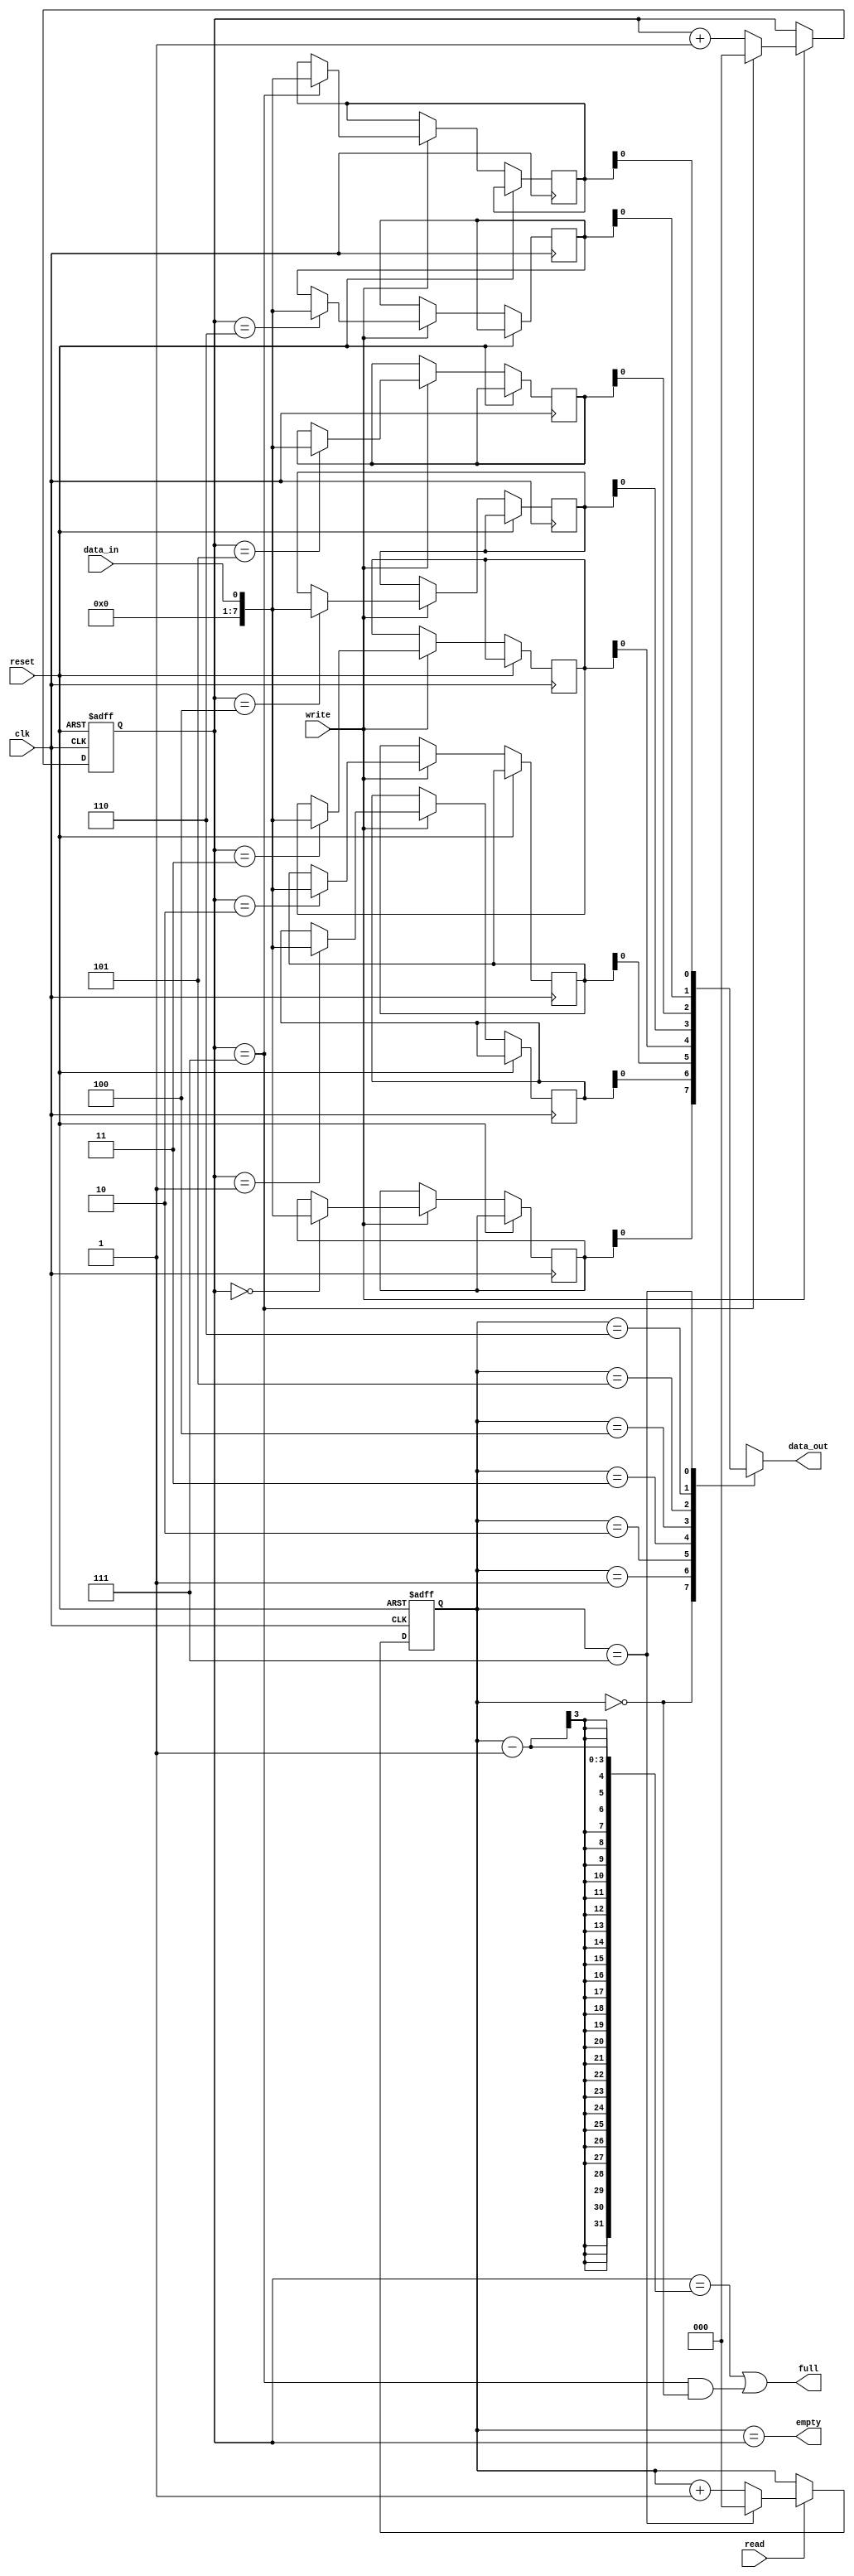
module bidirectional_fifo (
    input wire clk,
    input wire reset,
    input wire read,
    input wire write,
    input wire data_in,
    output wire data_out,
    output wire full,
    output wire empty
);

parameter FIFO_DEPTH = 8;

reg [7:0] fifo [FIFO_DEPTH-1:0];
reg [2:0] read_ptr;
reg [2:0] write_ptr;

assign data_out = fifo[read_ptr];
assign full = ((write_ptr == read_ptr - 1) || (write_ptr == FIFO_DEPTH-1 && read_ptr == 0));
assign empty = (read_ptr == write_ptr);

always @ (posedge clk or posedge reset) begin
    if (reset) begin
        read_ptr <= 0;
        write_ptr <= 0;
    end else begin
        if (read) begin
            read_ptr <= (read_ptr == FIFO_DEPTH-1) ? 0 : read_ptr + 1;
        end
        if (write) begin
            fifo[write_ptr] <= data_in;
            write_ptr <= (write_ptr == FIFO_DEPTH-1) ? 0 : write_ptr + 1;
        end
    end
end

endmodule